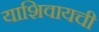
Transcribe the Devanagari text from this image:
याशिवायची